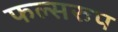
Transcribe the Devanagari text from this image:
फल्सरुप